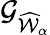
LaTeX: {\mathcal G}_{\widehat{\mathcal W}_{\alpha}}